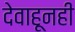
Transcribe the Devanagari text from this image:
देवाहूनही